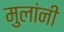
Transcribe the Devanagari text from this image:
मुलांनीं